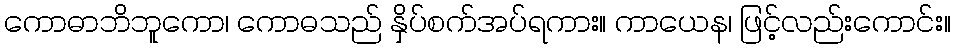
ကောဓာဘိဘူကော၊ ကောဓသည် နှိပ်စက်အပ်ရကား။ ကာယေန၊ ဖြင့်လည်းကောင်း။